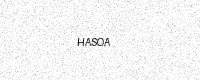
Text: HASOA